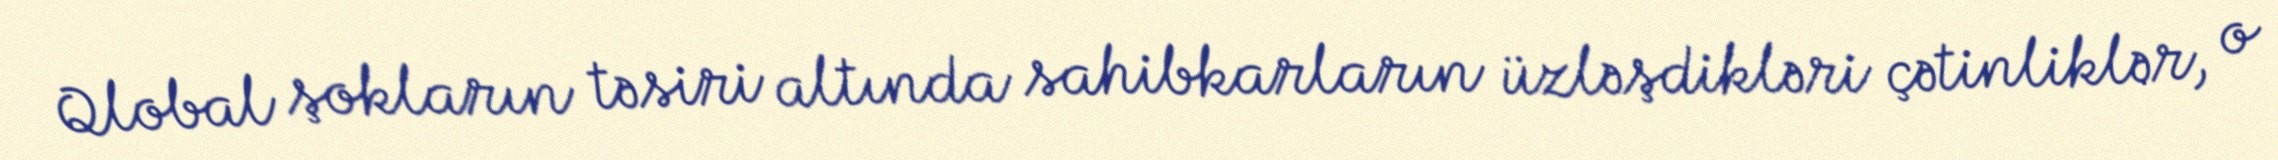
Qlobal şokların təsiri altında sahibkarların üzləşdikləri çətinliklər, o